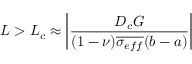
L > L _ { c } \approx \left| \frac { D _ { c } G } { ( 1 - \nu ) \overline { { \sigma _ { e f f } } } ( b - a ) } \right|